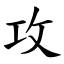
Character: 攻